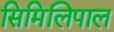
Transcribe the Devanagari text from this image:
सिमिलिपाल